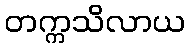
တက္ကသိလာယ